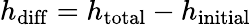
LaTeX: h_{\mathrm{diff}}=h_{\mathrm{total}}-h_{\mathrm{initial}}